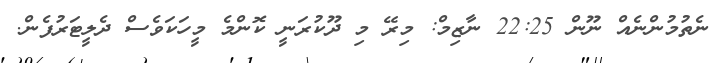
ނެތުމުންނެއް ނޫން 22:25 ނާޒިމް: މިރޭ މި ދޫކުރަނީ ކޮންމެ މީހަކަވެސް ދެލީޓަރުފެން.